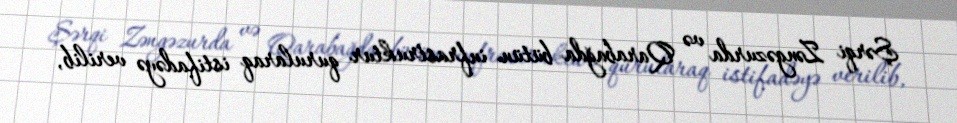
Şərqi Zəngəzurda və Qarabağda bütün infrastruktur qurularaq istifadəyə verilib,